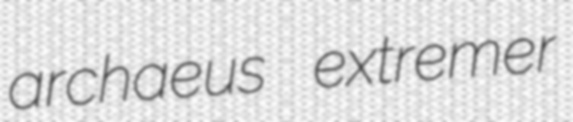
archaeus extremer